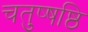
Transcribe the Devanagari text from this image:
चतुष्षष्ठि